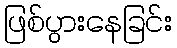
ဖြစ်ပွားနေခြင်း